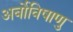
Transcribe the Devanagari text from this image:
अर्बोविषाणु